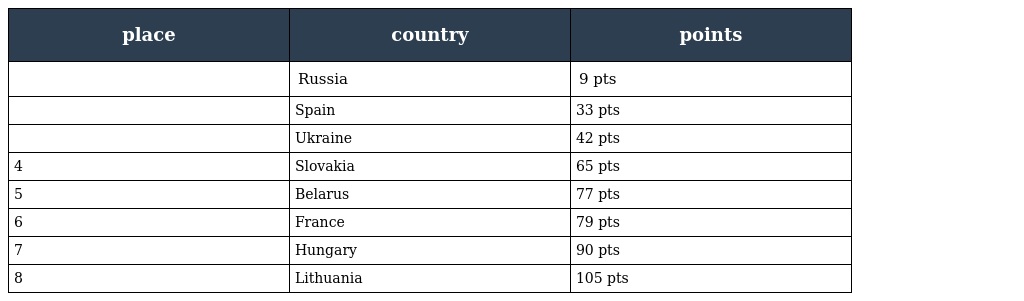
| place | country | points |
 | --- | --- | --- |
 |  | Russia | 9 pts |
 |  | Spain | 33 pts |
 |  | Ukraine | 42 pts |
 | 4 | Slovakia | 65 pts |
 | 5 | Belarus | 77 pts |
 | 6 | France | 79 pts |
 | 7 | Hungary | 90 pts |
 | 8 | Lithuania | 105 pts |